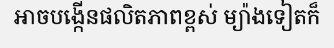
អាចបង្កើនផលិតភាពខ្ពស់ ម្យ៉ាងទៀតក៏